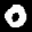
Label: 0